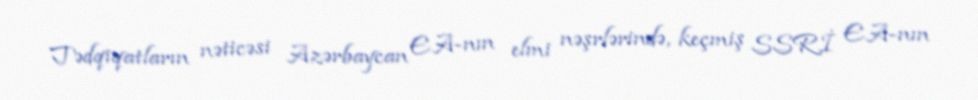
Tədqiqatların nəticəsi Azərbaycan EA-nın elmi nəşrlərində, keçmiş SSRİ EA-nın